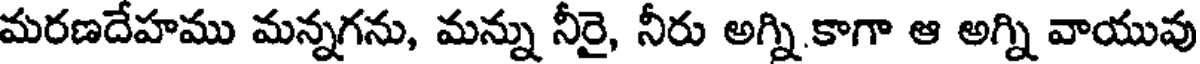
మరణదేహము మన్నగను, మన్ను నీరై, నీరు అగ్ని కాగా ఆ అగ్ని వాయువు